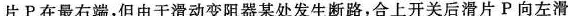
片Р在最右端，但由于滑动变阻器某处发生断路，合上开关后滑片P向左滑